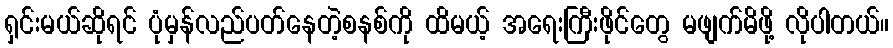
ရှင်းမယ်ဆိုရင် ပုံမှန်လည်ပတ်နေတဲ့စနစ်ကို ထိမယ့် အရေးကြီးဖိုင်တွေ မဖျက်မိဖို့ လိုပါတယ်။